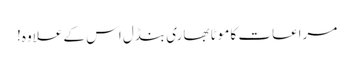
مراعات کا موٹا بھاری بنڈل اس کے علاوہ!